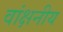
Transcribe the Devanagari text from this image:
वांक्षनीय